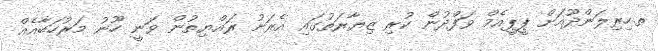
ތ.ހިރިލަންދޫއަށް ޕީޕީއެމް ވަފްދުން ކުރި ޒިޔާރަތުގައި އެރަށު ރައްޔިތުން ވަނީ ހޫނު މަރުހަބާއެއް